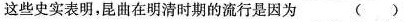
这些史实表明，昆曲在明清时期的流行是因为( )